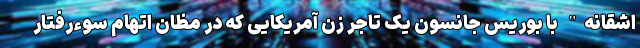
اشقانه" با بوریس جانسون یک تاجر زن آمریکایی که در مظان اتهام سوءرفتار